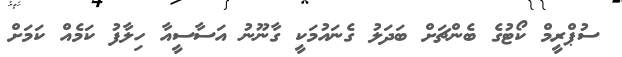
ސުޕްރީމް ކޯޓުގެ ބެންޗަށް ބަދަލު ގެނައުމަކީ ގާނޫނު އަސާސީއާ ހިލާފު ކަމެއް ކަމަށް